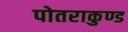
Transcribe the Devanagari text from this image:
पोतराकुण्ड